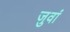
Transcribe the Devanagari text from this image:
जुवां